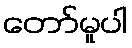
တော်မူပါ